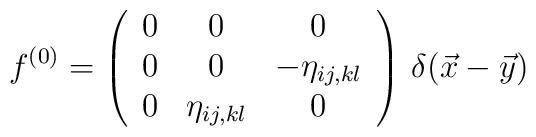
f^{(0)}=\left(\begin{array}{ccc}0&0&0\\0&0&-\eta_{ij,kl}\\0&\eta_{ij,kl}&0\\\end{array}\right)\,\delta(\vec x-\vec y)